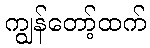
ကျွန်တော့်ထက်